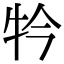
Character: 𤘡